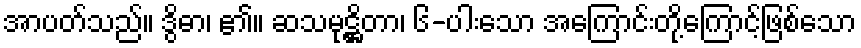
အာပတ်သည်။ ဒွိဓာ၊ ၏။ ဆသမုဋ္ဌိတာ၊ ၆-ပါးသော အကြောင်းတို့ကြောင့်ဖြစ်သော